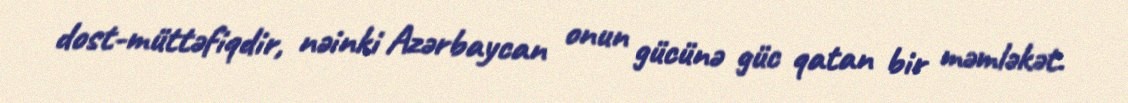
dost-müttəfiqdir, nəinki Azərbaycan onun gücünə güc qatan bir məmləkət.